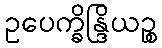
ဥပေက္ခိန္ဒြိယဉ္စ